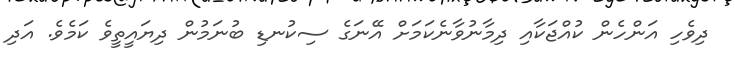
ދިވެހި އަންހެން ކުއްޖަކާއި ދިމާނުވާނެކަމަށް އޭނަގެ ސިކުނޑި ބުނަމުން ދިޔައީތީވެ ކަމެވެ. އަދި